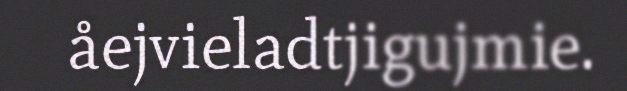
åejvieladtjigujmie.